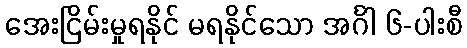
အေးငြိမ်းမှုရနိုင် မရနိုင်သော အင်္ဂါ ၆-ပါးစီ